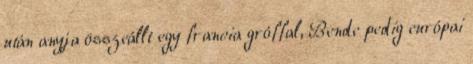
után anyja összeállt egy francia gróffal, Bende pedig európai